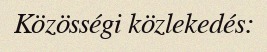
Közösségi közlekedés: